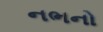
નભનો